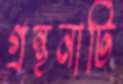
গ্রন্থনাটি